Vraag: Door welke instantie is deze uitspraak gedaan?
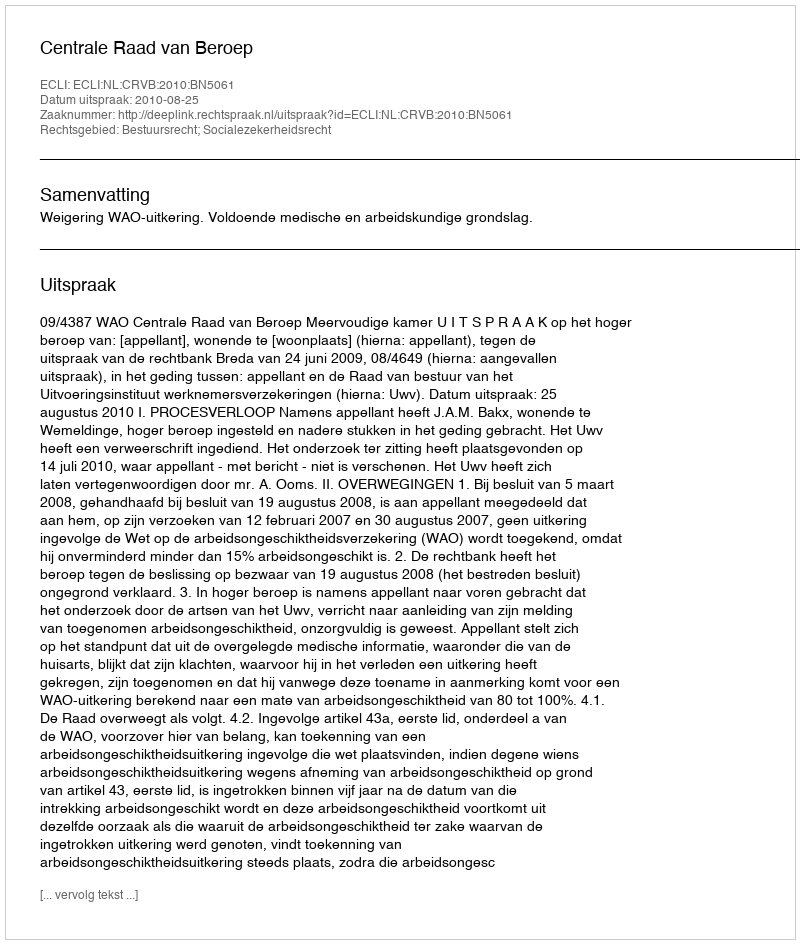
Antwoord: Centrale Raad van Beroep